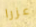
عزرا